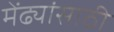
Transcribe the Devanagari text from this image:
मेंढ्यांसाठी